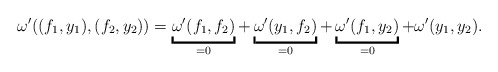
\begin{align*}\omega'((f_1,y_1) , (f_2,y_2)) = \underbracket{\omega'(f_1,f_2)}_{=0} + \underbracket{\omega'(y_1,f_2)}_{=0} + \underbracket{\omega'(f_1,y_2)}_{=0} + \omega'(y_1,y_2) .\end{align*}